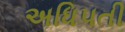
અધિપતી